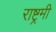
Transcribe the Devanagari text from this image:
राष्ट्रमी